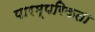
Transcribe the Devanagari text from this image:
पारम्परिकता